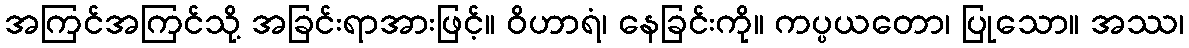
အကြင်အကြင်သို့ အခြင်းရာအားဖြင့်။ ဝိဟာရံ၊ နေခြင်းကို။ ကပ္ပယတော၊ ပြုသော။ အဿ၊